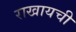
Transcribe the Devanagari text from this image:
राखायची